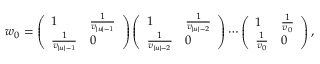
w _ { 0 } = \left( \begin{array} { l l } { 1 } & { \frac { 1 } { v _ { | u | - 1 } } } \\ { \frac { 1 } { v _ { | u | - 1 } } } & { 0 } \end{array} \right) \left( \begin{array} { l l } { 1 } & { \frac { 1 } { v _ { | u | - 2 } } } \\ { \frac { 1 } { v _ { | u | - 2 } } } & { 0 } \end{array} \right) \cdots \left( \begin{array} { l l } { 1 } & { \frac { 1 } { v _ { 0 } } } \\ { \frac { 1 } { v _ { 0 } } } & { 0 } \end{array} \right) ,